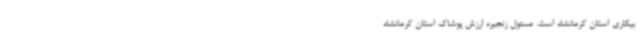
بیکاری استان کرمانشاه است. مسئول زنجیره ارزش پوشاک استان کرمانشاه